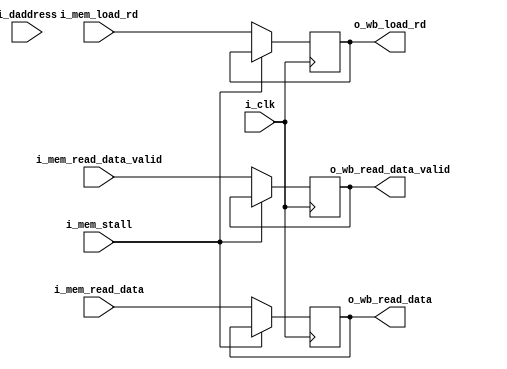
`define ADDR_WIDTH_21_8 8
`define DATA_WIDTH_21_8 21
`define ADDR_WIDTH_128_8 8
`define DATA_WIDTH_128_8 128
`define _A25_CONFIG_DEFINES
`define A25_ICACHE_WAYS 4
`define A25_DCACHE_WAYS 4
`define _A25_CONFIG_DEFINES
`define A25_ICACHE_WAYS 4
`define A25_DCACHE_WAYS 4
//`define A25_DECOMPILE
//`define A25_COPRO15_DEBUG
//`define A25_CACHE_DEBUG
//    `define A25_DECOMPILE_FILE    "amber.dis"

module a25_write_back(
			i_clk,
			i_mem_stall,                
 
			i_mem_read_data,          
			i_mem_read_data_valid,    
			i_mem_load_rd,           
 
			o_wb_read_data,           
			o_wb_read_data_valid,     
			o_wb_load_rd,           
 
			i_daddress,
//			i_daddress_valid
			);

input                       i_clk;
input                       i_mem_stall;                // Mem stage asserting stall
 
input       [31:0]          i_mem_read_data;            // data reads
input                       i_mem_read_data_valid;      // read data is valid
input       [10:0]          i_mem_load_rd;              // Rd for data reads
 
output      [31:0]          o_wb_read_data;            // data reads
output                      o_wb_read_data_valid;    // read data is valid
output      [10:0]          o_wb_load_rd;              // Rd for data reads
 
input       [31:0]          i_daddress;
//input                       i_daddress_valid;
 
reg  [31:0]         mem_read_data_r = 32'd0;          // Register read data from Data Cache
reg                 mem_read_data_valid_r = 1'd0;    // Register read data from Data Cache
reg  [10:0]         mem_load_rd_r = 11'd0;            // Register the Rd value for loads
 
assign o_wb_read_data       = mem_read_data_r;
assign o_wb_read_data_valid = mem_read_data_valid_r;
assign o_wb_load_rd         = mem_load_rd_r;
 
 
always @( posedge i_clk )
    if ( !i_mem_stall )
        begin                                                                                                             
        mem_read_data_r         <= i_mem_read_data;
        mem_read_data_valid_r   <= i_mem_read_data_valid;
        mem_load_rd_r           <= i_mem_load_rd;
        end
 
 
// Used by a25_decompile.v, so simulation only
//synopsys translate_off    
reg  [31:0]         daddress_r = 32'd0;               // Register read data from Data Cache
always @( posedge i_clk )
    if ( !i_mem_stall )
        daddress_r              <= i_daddress;
//synopsys translate_on    
 
endmodule